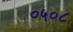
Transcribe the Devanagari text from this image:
०५०८